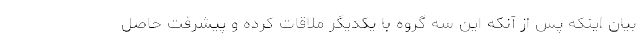
بیان اینکه پس از آنکه این سه گروه با یکدیگر ملاقات کرده و پیشرفت حاصل